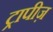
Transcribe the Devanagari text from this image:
ट्रापीज़